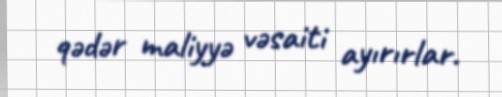
qədər maliyyə vəsaiti ayırırlar.